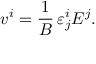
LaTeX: v ^ { i } = \frac { 1 } { B } \, \varepsilon _ { j } ^ { i } E ^ { j } .